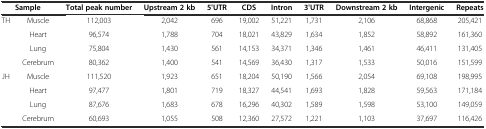
| <COLSPAN=2> Sample | Total peak number | Upstream 2 kb | 5'UTR | CDS | Intron | 3'UTR | Downstream 2 kb | Intergenic | Repeats |
 | --- | --- | --- | --- | --- | --- | --- | --- | --- | --- | --- |
 | <ROWSPAN=4> TH | Muscle | 112,003 | 2,042 | 696 | 19,002 | 51,221 | 1,731 | 2,106 | 68,868 | 205,421 |
 | Heart | 96,574 | 1,788 | 704 | 18,021 | 43,829 | 1,634 | 1,852 | 58,892 | 161,360 |
 | Lung | 75,804 | 1,430 | 561 | 14,153 | 34,371 | 1,346 | 1,461 | 46,411 | 131,405 |
 | Cerebrum | 80,362 | 1,400 | 541 | 14,569 | 36,430 | 1,317 | 1,533 | 50,016 | 151,599 |
 | <ROWSPAN=4> JH | Muscle | 111,520 | 1,923 | 651 | 18,204 | 50,190 | 1,566 | 2,054 | 69,108 | 198,995 |
 | Heart | 97,477 | 1,801 | 719 | 18,327 | 44,541 | 1,693 | 1,828 | 59,563 | 171,184 |
 | Lung | 87,676 | 1,683 | 678 | 16,296 | 40,302 | 1,589 | 1,598 | 53,100 | 149,059 |
 | Cerebrum | 60,693 | 1,055 | 508 | 12,360 | 27,572 | 1,221 | 1,103 | 37,697 | 116,426 |